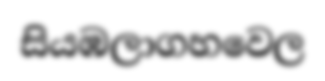
සියඹලාගහවෙල